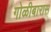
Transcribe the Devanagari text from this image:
गोळीबारास